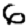
Digit: 6